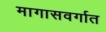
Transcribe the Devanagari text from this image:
मागासवर्गात